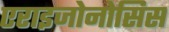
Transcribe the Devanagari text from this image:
एराइजोनोसिस